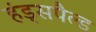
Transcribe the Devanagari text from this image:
हंड्सपैल्ड